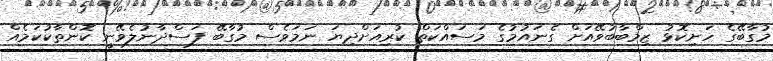
މުގާބޭގެ ހަށިކޮޅު ޒިމްބާބުވޭއަށް ގެނައުމުގެ މަސައްކަތް ކުރިއަށްދިޔަ ނަމަވެސް މުގާބޭ ފަސްދާނުލެވޭނީ ކޮންތާކުކަމެއް